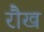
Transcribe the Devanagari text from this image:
रौख